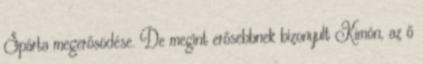
Spárta megerősödése. De megint erősebbnek bizonyult Kimón, az ő